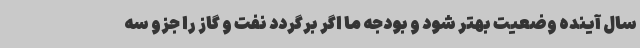
سال آینده وضعیت بهتر شود و بودجه ما اگر برگردد نفت و گاز را جزو سه